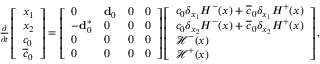
\begin{array} { r } { \frac { \partial } { \partial t } \left[ \begin{array} { l } { x _ { 1 } } \\ { x _ { 2 } } \\ { c _ { 0 } } \\ { \overline { { c } } _ { 0 } } \end{array} \right] = \left[ \begin{array} { l l l l } { 0 } & { \mathbf { d } _ { 0 } } & { 0 } & { 0 } \\ { - \mathbf { d } _ { 0 } ^ { \ast } } & { 0 } & { 0 } & { 0 } \\ { 0 } & { 0 } & { 0 } & { 0 } \\ { 0 } & { 0 } & { 0 } & { 0 } \end{array} \right] \left[ \begin{array} { l } { c _ { 0 } \delta _ { x _ { 1 } } H ^ { - } ( x ) + \overline { { c } } _ { 0 } \delta _ { x _ { 1 } } H ^ { + } ( x ) } \\ { c _ { 0 } \delta _ { x _ { 2 } } H ^ { - } ( x ) + \overline { { c } } _ { 0 } \delta _ { x _ { 2 } } H ^ { + } ( x ) } \\ { \mathcal { H } ^ { - } ( x ) } \\ { \mathcal { H } ^ { + } ( x ) } \end{array} \right] , } \end{array}